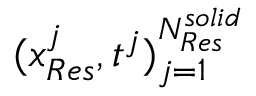
( \boldsymbol { x } _ { R e s } ^ { j } , t ^ { j } ) _ { j = 1 } ^ { N _ { R e s } ^ { s o l i d } }